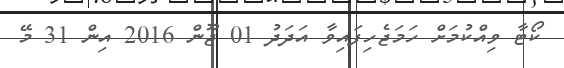
ކޯޓާ ވިއްކުމަށް ހަމަޖެހިފައިވާ އަދަދު 01 ޖޫން 2016 އިން 31 މޭ